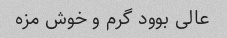
عالی بوود گرم و خوش مزه